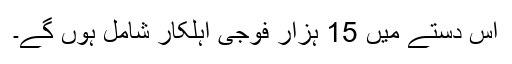
اس دستے میں 15 ہزار فوجی اہلکار شامل ہوں گے۔